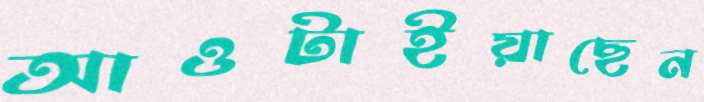
আওটাইয়াছেন